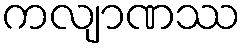
ကလျာဏဿ